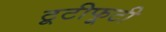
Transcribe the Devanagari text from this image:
टूटीफूटी